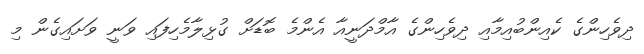
ދިވެހިންގެ ކެއިންބުއިމާއި ދިވެހިންގެ އާމްދަނީއާ އެންމެ ބޮޑަށް ގުޅިލާމެހިފައި ވަނީ ވަށައިގެން މި